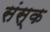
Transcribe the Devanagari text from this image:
संस्क